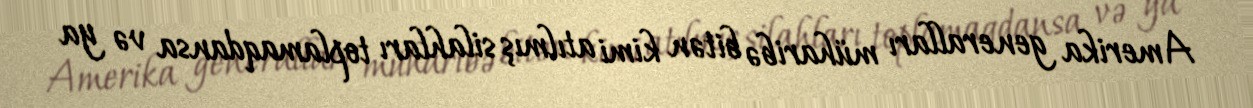
Amerika generalları müharibə bitən kimi atılmış silahları toplamaqdansa və ya